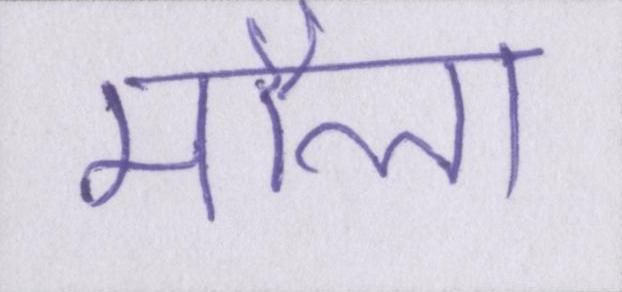
मौला